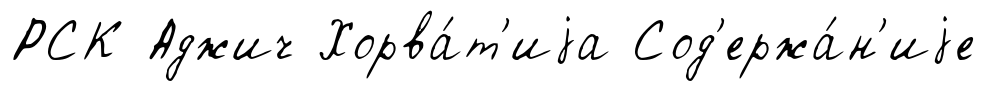
РСК Аджич Хорва́т'иjа Сод'ержа́н'иjе